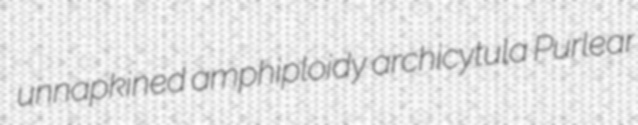
unnapkined amphiploidy archicytula Purlear